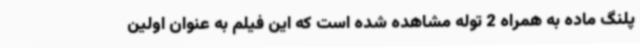
پلنگ ماده به همراه 2 توله مشاهده شده‌ است که این فیلم به عنوان اولین